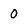
Character: 0